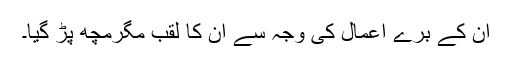
ان کے برے اعمال کی وجہ سے ان کا لقب مگرمچھ پڑ گیا۔